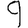
Digit: 9